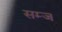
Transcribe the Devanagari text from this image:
सम्ज